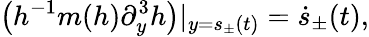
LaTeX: \big(h^{-1}m(h)\partial_{y}^{3}h\big)|_{y=s_{\pm}(t)}=\dot{s}_{\pm}(t),